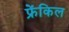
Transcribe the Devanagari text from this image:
फ्रेंकिल